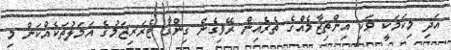
އަދި މިކަމަކީ ވަކި އިންތިޒާމެއްގެ ތެރެއިން ރޭވިގެން ގިންގާ ޓެރަރިޒަމުގެ އަމަލުތަކެއްކަން މި